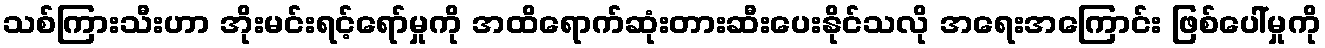
သစ်ကြားသီးဟာ အိုးမင်းရင့်ရော်မှုကို အထိရောက်ဆုံးတားဆီးပေးနိုင်သလို အရေးအကြောင်း ဖြစ်ပေါ်မှုကို